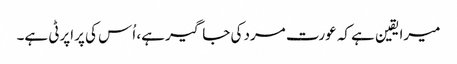
میرا یقین ہے کہ عورت مرد کی جاگیر ہے، اُس کی پراپرٹی ہے۔